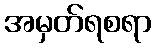
အမှတ်ရစရာ